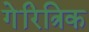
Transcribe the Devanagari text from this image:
गेरित्रिक